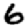
Digit: 6